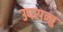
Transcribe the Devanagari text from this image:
उपरान्तु